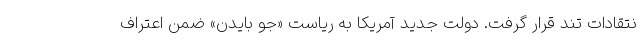
نتقادات تند قرار گرفت. دولت جدید آمریکا به ریاست «جو بایدن» ضمن اعتراف